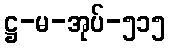
ဋ္ဌ-မ-အုပ်-၅၁၅